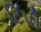
ટિપી